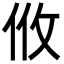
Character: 𢻺